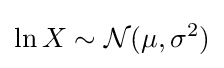
\ln X\sim {\mathcal {N}}(\mu ,\sigma ^{2})